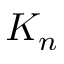
K _ { n }